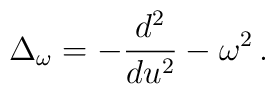
\Delta_{\omega} = -{d^2 \over du^2} -\omega^2 \, .